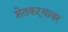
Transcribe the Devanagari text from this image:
शेतकऱ्यावर